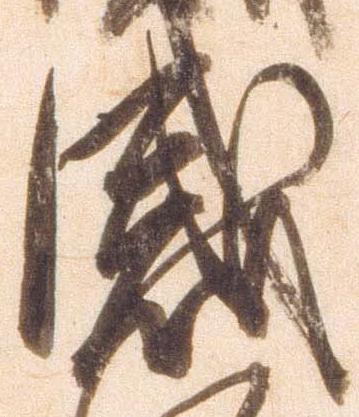
感